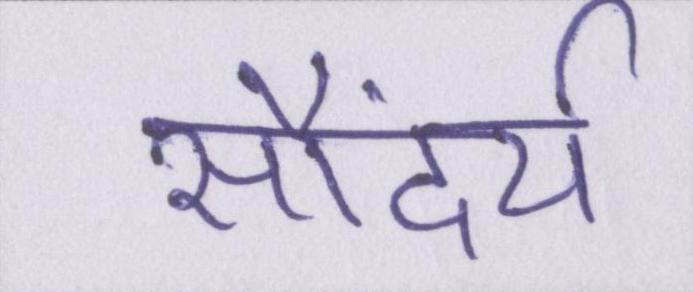
सौंदर्य